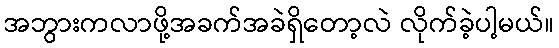
အဘွားကလာဖို့အခက်အခဲရှိတော့လဲ လိုက်ခဲ့ပါ့မယ်။